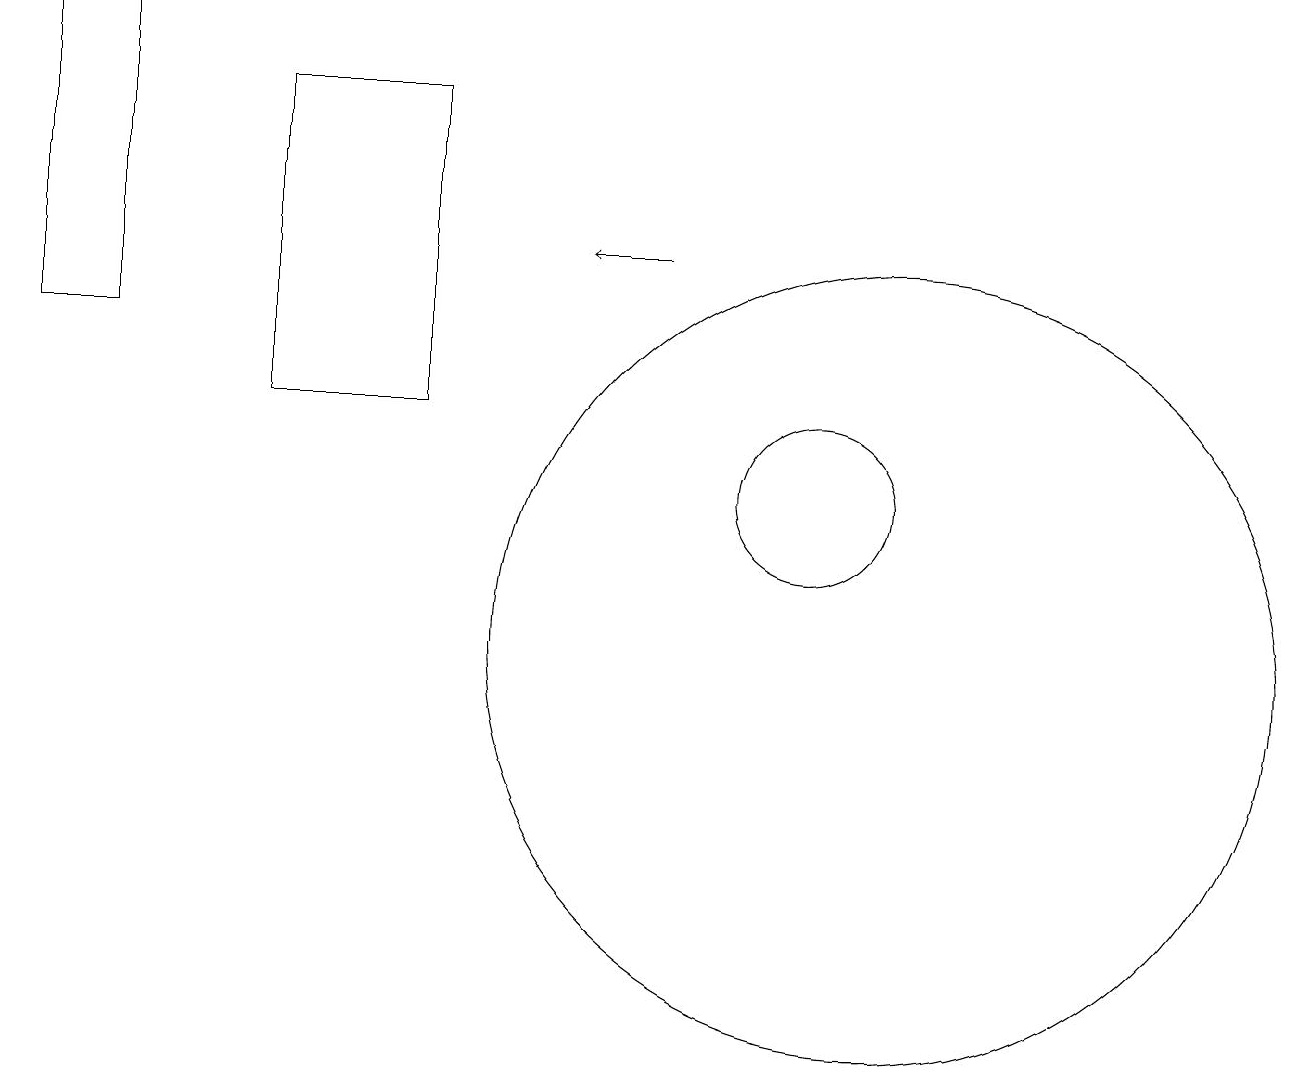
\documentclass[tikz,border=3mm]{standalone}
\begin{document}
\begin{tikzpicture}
\draw (11,10) circle (5);
\draw (10,12) circle (1);
\draw (3,13) rectangle (5,17);
\draw[->] (8,15) -- (7,15);
\draw (10,10) circle (0);
\draw (0,14) rectangle (1,18);
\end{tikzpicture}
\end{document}